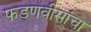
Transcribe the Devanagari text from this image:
फडणवीसांचा